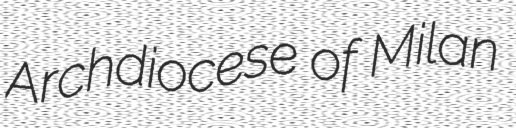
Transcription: Archdiocese of Milan